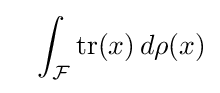
\;\;\;\int _{\mathcal {F}}{\text{tr}}(x){\,}d\rho (x)